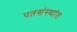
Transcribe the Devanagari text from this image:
पतसंस्थांत